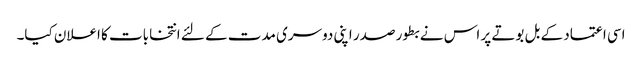
اسی اعتماد کے بل بوتے پر اس نے بطور صدر اپنی دوسری مدت کے لئے انتخابات کا اعلان کیا۔